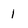
Character: 1